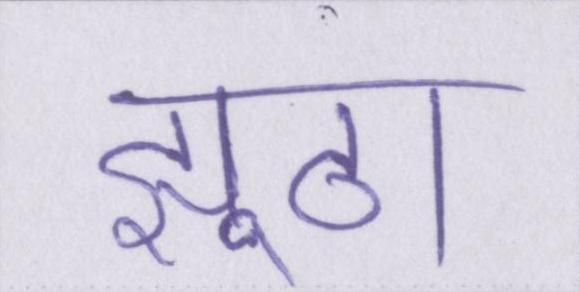
झूठा